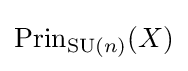
\operatorname {Prin} _{\operatorname {SU} (n)}(X)